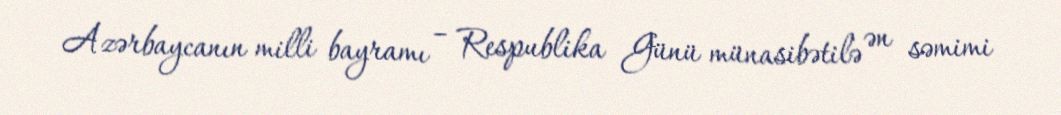
Azərbaycanın milli bayramı – Respublika Günü münasibətilə ən səmimi